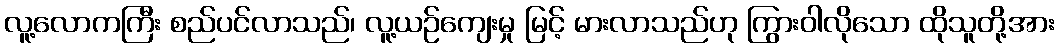
လူ့လောကကြီး စည်ပင်လာသည်၊ လူ့ယဉ်ကျေးမှု မြင့် မားလာသည်ဟု ကြွားဝါလိုသော ထိုသူတို့အား